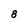
Character: 8